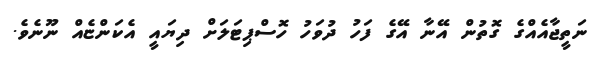
ނަތީޖާއެއްގެ ގޮތުން އޭނާ އޭގެ ފަހު ދުވަހު ހޮސްޕިޓަލަށް ދިޔައީ އެކަންޏެއް ނޫނެވެ.